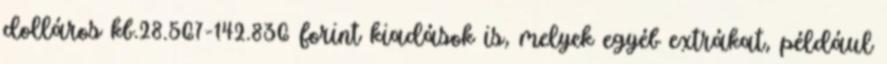
dolláros kb.28.567-142.836 forint kiadások is, melyek egyéb extrákat, például